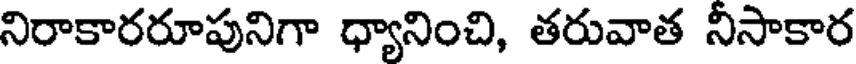
నిరాకారరూపునిగా ధ్యానించి, తరువాత నిసాకార